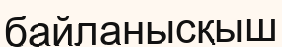
байланысқыш